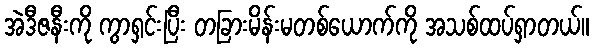
အဲဒီဇနီးကို ကွာရှင်းပြီး တခြားမိန်းမတစ်ယောက်ကို အသစ်ထပ်ရှာတယ်။